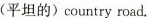
（平坦的）country road.